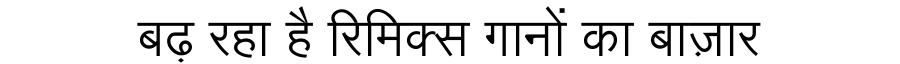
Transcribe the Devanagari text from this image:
बढ़ रहा है रिमिक्स गानों का बाज़ार